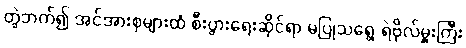
တွဲဘက်၍ အင်အားစုများထံ စီးပွားရေးဆိုင်ရာ မပြုသရွေ့ ရဲဗိုလ်မှူးကြီး